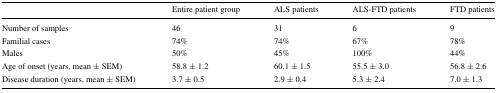
<table><thead><tr><td></td><td><b>Entire patient group</b></td><td><b>ALS patients</b></td><td><b>ALS-FTD patients</b></td><td><b>FTD patients</b></td></tr></thead><tbody><tr><td>Number of samples</td><td>46</td><td>31</td><td>6</td><td>9</td></tr><tr><td>Familial cases</td><td>74%</td><td>74%</td><td>67%</td><td>78%</td></tr><tr><td>Males</td><td>50%</td><td>45%</td><td>100%</td><td>44%</td></tr><tr><td>Age of onset (years, mean ± SEM)</td><td>58.8 ± 1.2</td><td>60.1 ± 1.5</td><td>55.5 ± 3.0</td><td>56.8 ± 2.6</td></tr><tr><td>Disease duration (years, mean ± SEM)</td><td>3.7 ± 0.5</td><td>2.9 ± 0.4</td><td>5.3 ± 2.4</td><td>7.0 ± 1.3</td></tr></tbody></table>